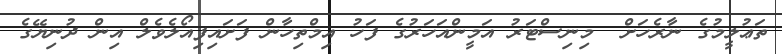
ތަޢުލީމުގެ ނާރެހަށް  މިނިސްޓަރު އަމީންއަހަރުގެ ފަހު އިމްތިހާން ފަށައިފިއޯލެވެލް އިން ދުނިޔޭގެ